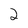
Character: 2